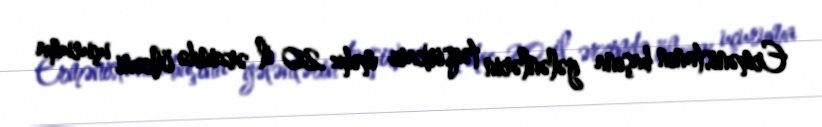
Ermənistanın başına gələnlərin təqsirkarı məhz 20 il ərzində ölkəni uçuruma